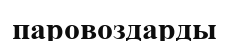
паровоздарды